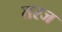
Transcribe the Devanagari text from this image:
तरज